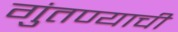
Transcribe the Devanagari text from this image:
गुंतण्याची